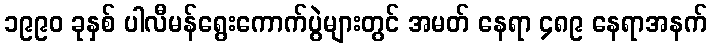
၁၉၉၀ ခုနှစ် ပါလီမန်ရွေးကောက်ပွဲများတွင် အမတ် နေရာ ၄၈၉ နေရာအနက်